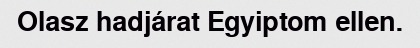
Olasz hadjárat Egyiptom ellen.